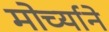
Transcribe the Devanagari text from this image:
मोर्च्याने